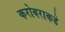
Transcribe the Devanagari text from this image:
करोबराकडे